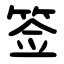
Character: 签